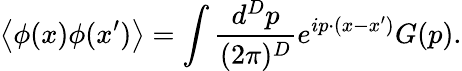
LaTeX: \left<\phi(x)\phi(x^{\prime})\right>=\int\frac{d^{D}p}{(2\pi)^{D}}e^{ip\cdot(x-x^{\prime})}G(p).